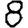
Digit: 8